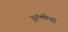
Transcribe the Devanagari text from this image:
झांशीची